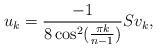
LaTeX: \begin{align*} u_k=\frac{-1}{8\cos^{2}(\frac{\pi k}{n-1})}Sv_k,\end{align*}